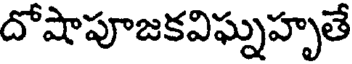
దోషాపూజకవిఘ్నహృతే